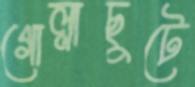
গোল্লাছুটে